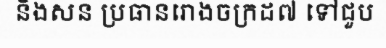
និងសន ប្រធានរោងចក្រដ៧ ទៅជួប